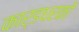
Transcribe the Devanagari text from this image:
कार्डधरकों